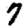
Digit: 7